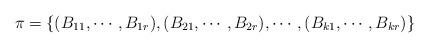
LaTeX: \begin{align*}\pi=\{(B_{11},\cdots,B_{1r}),(B_{21},\cdots,B_{2r}),\cdots,(B_{k1},\cdots, B_{kr})\}\end{align*}